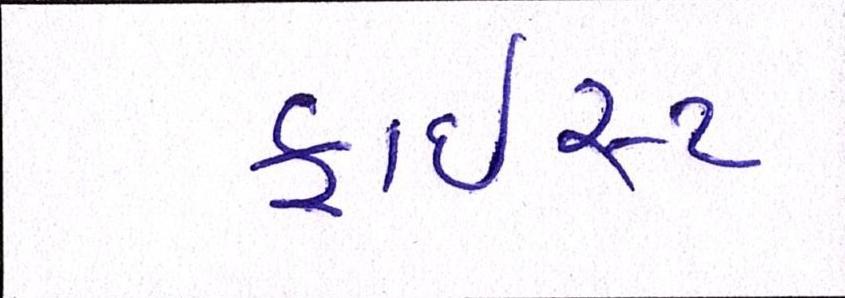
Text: ક્રાઇસ્ટ